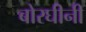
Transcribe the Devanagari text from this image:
बोरघीनी